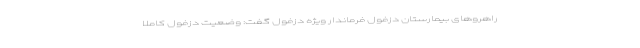
راهروهای بیمارستان دزفول فرماندار ویژه دزفول گفت: وضعیت دزفول کاملا